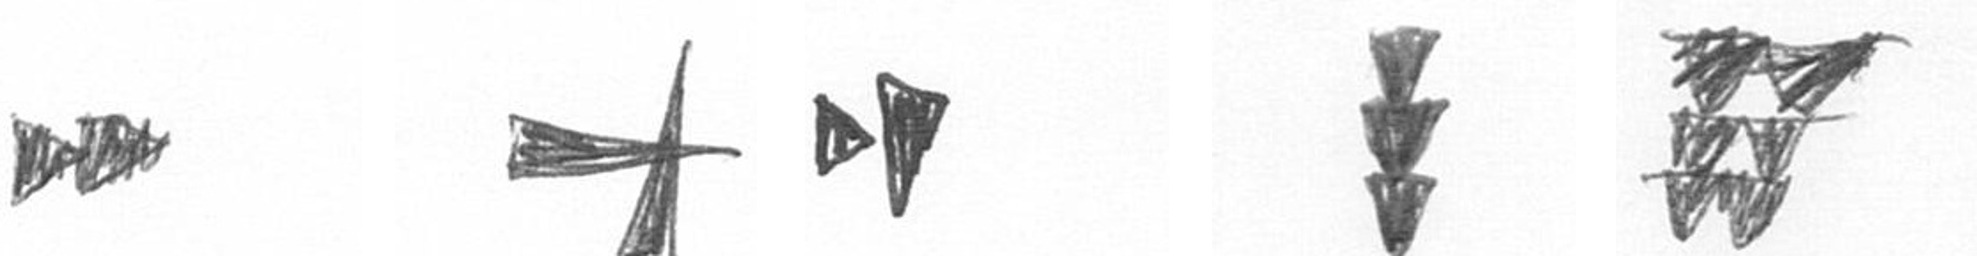
A G M E Y